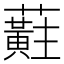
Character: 蘣